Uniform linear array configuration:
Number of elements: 8
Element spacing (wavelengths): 0.25
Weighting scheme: uniform
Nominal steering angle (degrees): -15
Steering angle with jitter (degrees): -13.632
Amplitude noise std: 0.05
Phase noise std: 0.05

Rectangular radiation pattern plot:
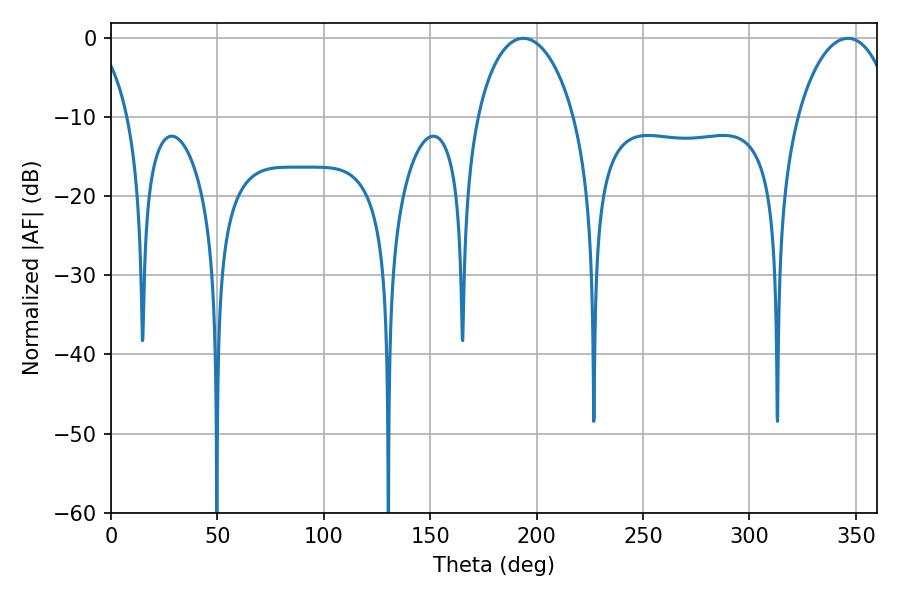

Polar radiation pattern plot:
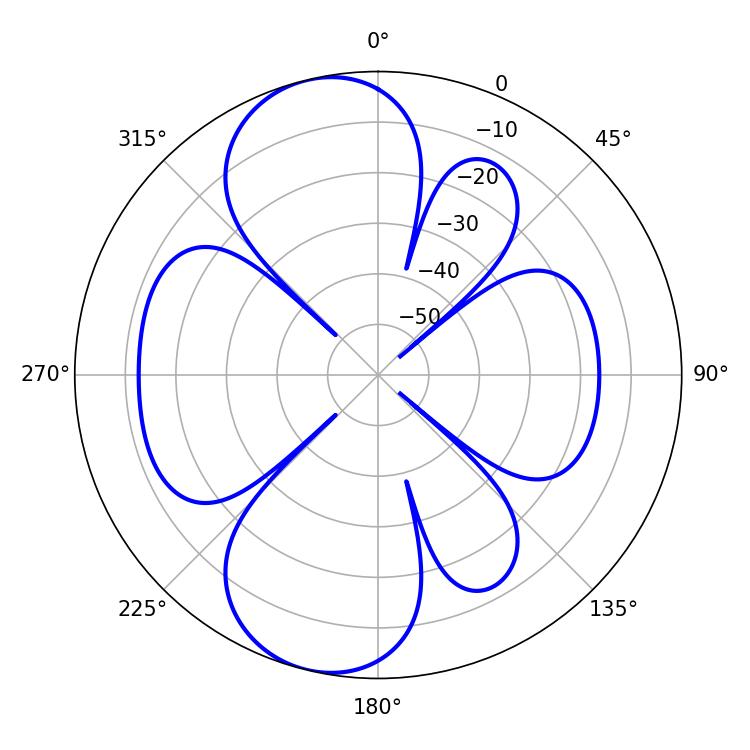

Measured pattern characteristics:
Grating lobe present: FALSE
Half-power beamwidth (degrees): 26.1
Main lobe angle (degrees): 193.68